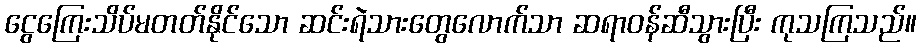
ငွေကြေးသိပ်မတတ်နိုင်သော ဆင်းရဲသားတွေလောက်သာ ဆရာဝန်ဆီသွားပြီး ကုသကြသည်။